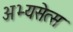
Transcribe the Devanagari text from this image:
अभ्यसेत्स